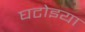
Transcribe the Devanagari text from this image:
घटोइया